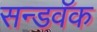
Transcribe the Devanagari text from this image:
सन्डवॅक